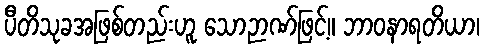
ပီတိသုခအဖြစ်တည်းဟူ သောဉာဏ်ဖြင့်။ ဘာဝနာရတိယာ၊